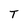
Character: T